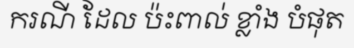
ករណី ដែល ប៉ះពាល់ ខ្លាំង បំផុត